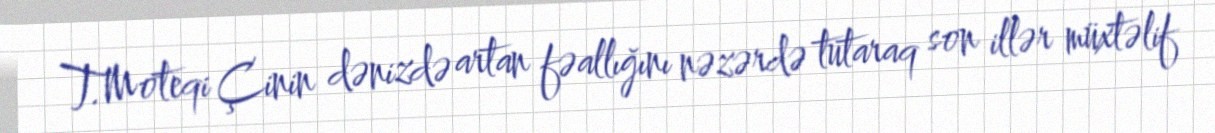
T.Moteqi Çinin dənizdə artan fəallığını nəzərdə tutaraq son illər müxtəlif